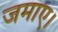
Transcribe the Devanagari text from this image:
जमाए।